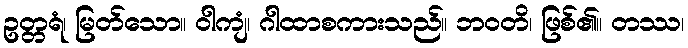
ဥတ္တရံ၊ မြတ်သော။ ဝါကျံ၊ ဂါထာစကားသည်။ ဘဝတိ၊ ဖြစ်၏။ တဿ၊